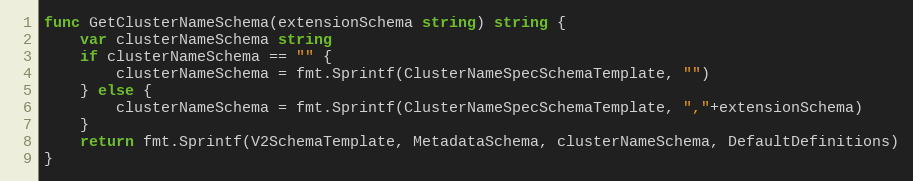
Language: Go
func GetClusterNameSchema(extensionSchema string) string {
	var clusterNameSchema string
	if clusterNameSchema == "" {
		clusterNameSchema = fmt.Sprintf(ClusterNameSpecSchemaTemplate, "")
	} else {
		clusterNameSchema = fmt.Sprintf(ClusterNameSpecSchemaTemplate, ","+extensionSchema)
	}
	return fmt.Sprintf(V2SchemaTemplate, MetadataSchema, clusterNameSchema, DefaultDefinitions)
}